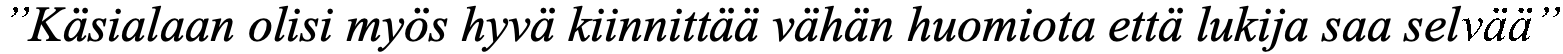
”Käsialaan olisi myös hyvä kiinnittää vähän huomiota että lukija saa selvää”